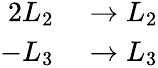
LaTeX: \begin{array}{rl}{2L_{2}}&{{}\to L_{2}}\\ {-L_{3}}&{{}\to L_{3}}\end{array}